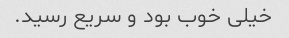
خیلی خوب بود و سریع رسید.